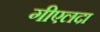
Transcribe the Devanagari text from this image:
गीएलदा